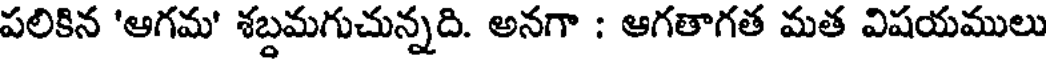
పలికిన 'ఆగమ' శబ్దమగుచున్నది. అనగా : ఆగతాగత మత విషయములు